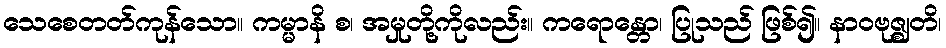
သေစေတတ်ကုန်သော။ ကမ္မာနိ စ၊ အမှုတို့ကိုလည်း။ ကရောန္တော၊ ပြုသည် ဖြစ်၍။ နာဝဗုဇ္ဈတိ၊